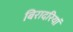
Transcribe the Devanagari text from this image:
बिरादरियां